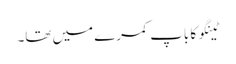
ٹینگو کا باپ کمرے میں تھا۔